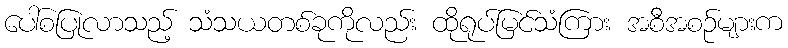
ပေါ်စပြုလာသည့် သံသယတစ်ခုကိုလည်း ထိုရုပ်မြင်သံကြား အစီအစဉ်များက